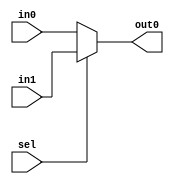
module m32x2(in0, in1, sel, out0);

	input [31:0] in0;
	input [31:0] in1;
	input sel;
	output [31:0] out0;
	reg [31:0] out0;

always @ (in0 or in1 or sel)
begin
	if (sel == 0)
		out0 <= in0;
	else out0 <= in1;
end

endmodule